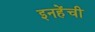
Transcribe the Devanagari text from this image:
इनहेंची